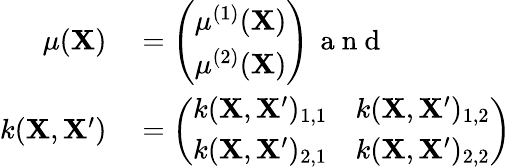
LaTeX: \begin{array}{rl}{\mu(\mathbf{X})}&{{}=\left(\begin{array}{l}{\mu^{(1)}(\mathbf{X})}\\ {\mu^{(2)}(\mathbf{X})}\end{array}\right)\, \mathrm{~a~n~d~}\, }\\ {k(\mathbf{X},\mathbf{X^{\prime}})}&{{}=\left(\begin{array}{ll}{k(\mathbf{X},\mathbf{X^{\prime}})_{1,1}}&{k(\mathbf{X},\mathbf{X^{\prime}})_{1,2}}\\ {k(\mathbf{X},\mathbf{X^{\prime}})_{2,1}}&{k(\mathbf{X},\mathbf{X^{\prime}})_{2,2}}\end{array}\right)}\end{array}